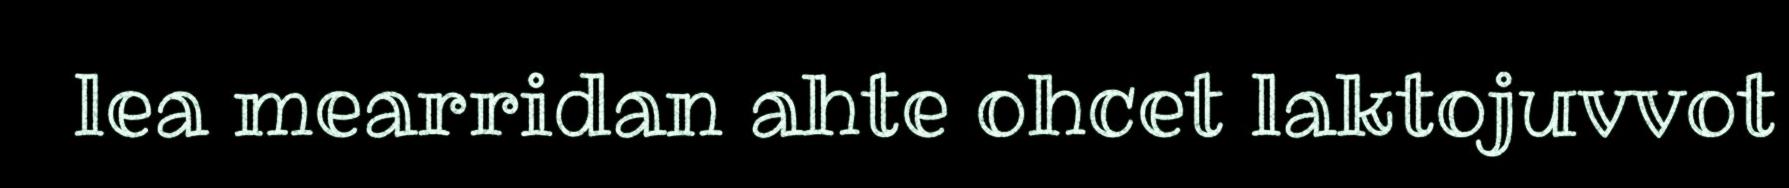
lea mearridan ahte ohcet laktojuvvot